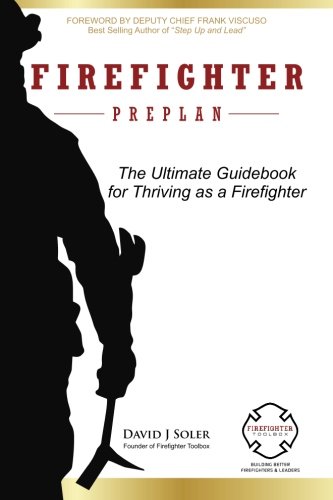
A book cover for Firefighter Preplan: The Ultimate Guidebook for Thriving as a Firefighter; David J Soler; Engineering & Transportation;